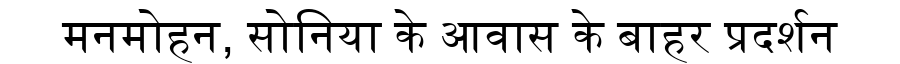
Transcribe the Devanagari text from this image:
मनमोहन, सोनिया के आवास के बाहर प्रदर्शन